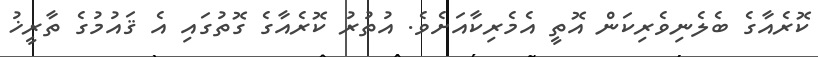
ކޮރެއާގެ ބެލެނިވެރިކަން އޮތީ އެމެރިކާއަށެވެ. އުތުރު ކޮރެއާގެ ގޮތުގައި އެ ޤައުމުގެ ތާރީޚު